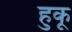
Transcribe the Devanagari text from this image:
हुकू